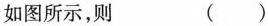
如图所示，则（）